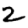
Digit: 2